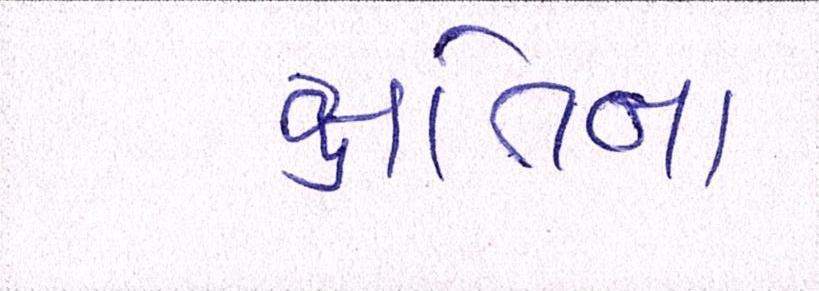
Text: ક્ષતિના